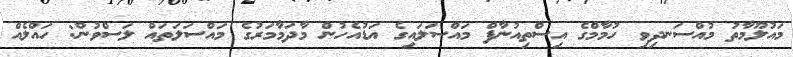
މައުލޫމާތު މުއްސަނދިވި ހުމާމްގެ އިސްތިއުނާފް މައްސަލައިގެ އަޑުއެހުން މާދަމާމަރުގެ މައްސަލަތައް ލަސްވުން: ހައްލެއް